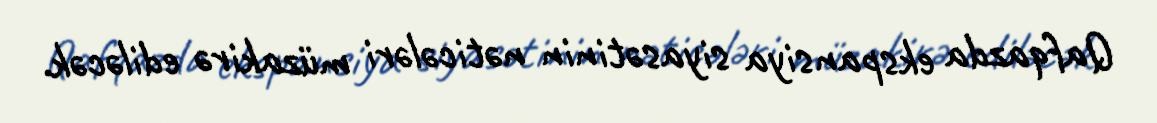
Qafqazda ekspansiya siyasətinin nəticələri müzakirə ediləcək.